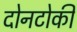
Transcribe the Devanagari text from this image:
दोनटोकी